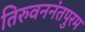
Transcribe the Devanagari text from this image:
तिरुवननंतपुरम